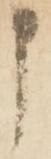
申